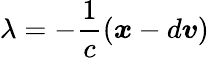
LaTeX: \lambda=-\frac{1}{c}(\boldsymbol{x}-d\boldsymbol{v})